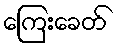
ကြေးခေတ်